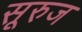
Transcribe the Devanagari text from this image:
सूरुज